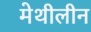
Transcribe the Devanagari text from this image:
मेथीलीन